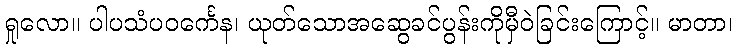
ရှုလော။ ပါပသံပဝင်္ကေန၊ ယုတ်သောအဆွေခင်ပွန်းကိုမှီဝဲခြင်းကြောင့်။ မာတာ၊